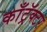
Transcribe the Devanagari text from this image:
काँट्रॅक्टर